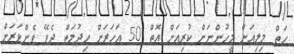
ހަތް މިލިއަން މީހުންނަށް ކުރިއަށް އޮތް 50 އަހަރަށް ހިދުމަތް ދެވޭ ފެންވަރަށް